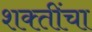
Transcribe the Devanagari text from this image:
शक्‍तींचा